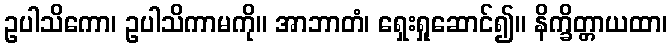
ဥပါသိကော၊ ဥပါသိကာမကို။ အာဘာတံ၊ ရှေးရှုဆောင်၍။ နိက္ခိတ္တာယထာ၊